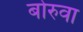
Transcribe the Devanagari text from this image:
बोरुवा